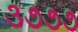
૩૭૭૭